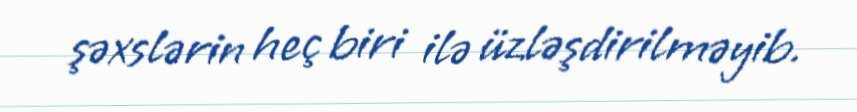
şəxslərin heç biri ilə üzləşdirilməyib.